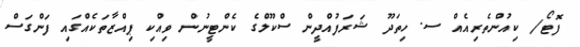
ފޮޓޯ/ ކިއުންތެރިއެއް ސ. ހިތަދޫ ޝަރަފުއްދީން ސްކޫލްގެ ކެންޓީނުން ވިއްކި ޕިއްޒާތަކެއްގައި ފަންގަސް